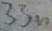
Text: 33n